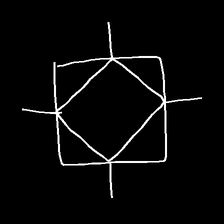
Glyph: light